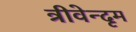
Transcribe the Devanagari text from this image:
त्रीवेन्दृम